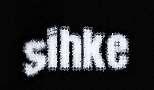
sihke